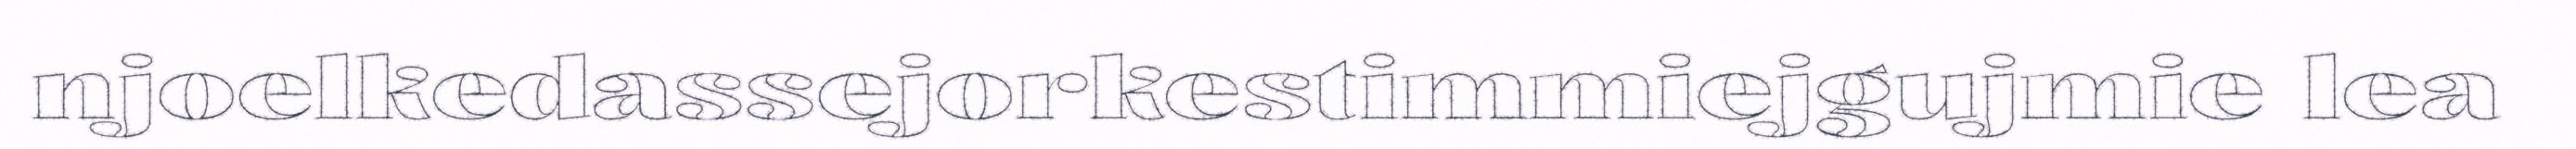
njoelkedassejorkestimmiejgujmie lea